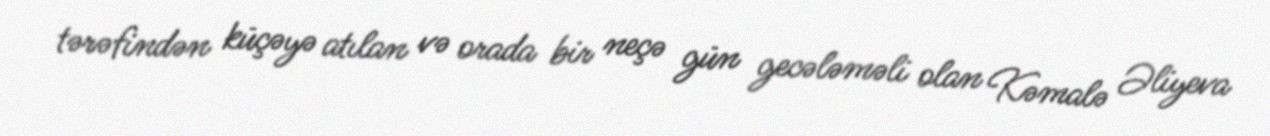
tərəfindən küçəyə atılan və orada bir neçə gün gecələməli olan Kəmalə Əliyeva